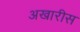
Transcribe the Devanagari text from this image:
अखारीस